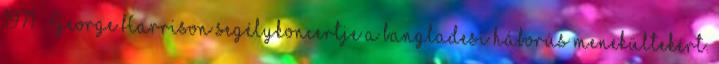
1971 – George Harrison segélykoncertje a bangladesi háborús menekültekért.